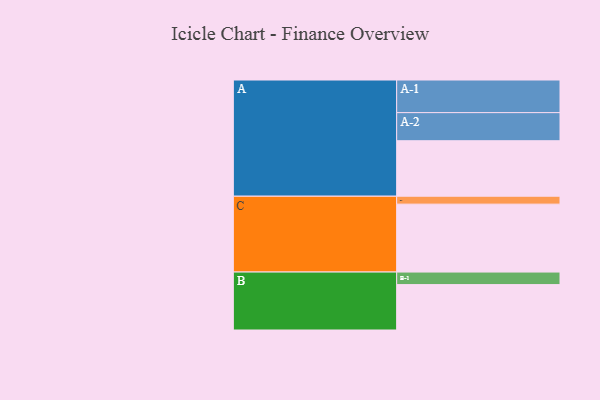
{"axis": {"x": "Segment", "y": "Value"}, "legend": ["", "A", "B", "C"], "data": [{"x": "A", "y": 478, "type": ""}, {"x": "B", "y": 391, "type": ""}, {"x": "C", "y": 585, "type": ""}, {"x": "A-1", "y": 281, "type": "A"}, {"x": "A-2", "y": 242, "type": "A"}, {"x": "B-1", "y": 108, "type": "B"}, {"x": "C-1", "y": 68, "type": "C"}]}